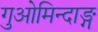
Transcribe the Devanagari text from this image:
गुओमिन्दाङ्ग